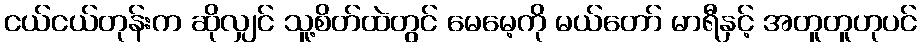
ငယ်ငယ်တုန်းက ဆိုလျှင် သူ့စိတ်ထဲတွင် မေမေ့ကို မယ်တော် မာရီနှင့် အတူတူဟုပင်